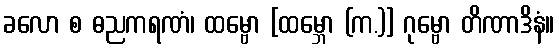
ခလော စ ဓညကရဏံ၊ ထမ္ဗော [ထမ္ဘော (က.)] ဂုမ္ဗော တိဏာဒိနံ။